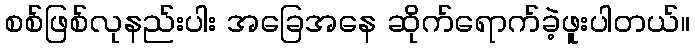
စစ်ဖြစ်လုနည်းပါး အခြေအနေ ဆိုက်ရောက်ခဲ့ဖူးပါတယ်။